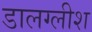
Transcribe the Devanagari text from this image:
डालग्लीश